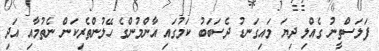
ފަލަސްތީނު ގެއްލި ދިޔަ މައިގަނޑު ދެސަބަބު ކަމުގައި އާންމުންގެ ހޭލުންތެރިކަން ނެތުމާއި އަދި